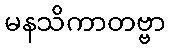
မနသိကာတဗ္ဗာ